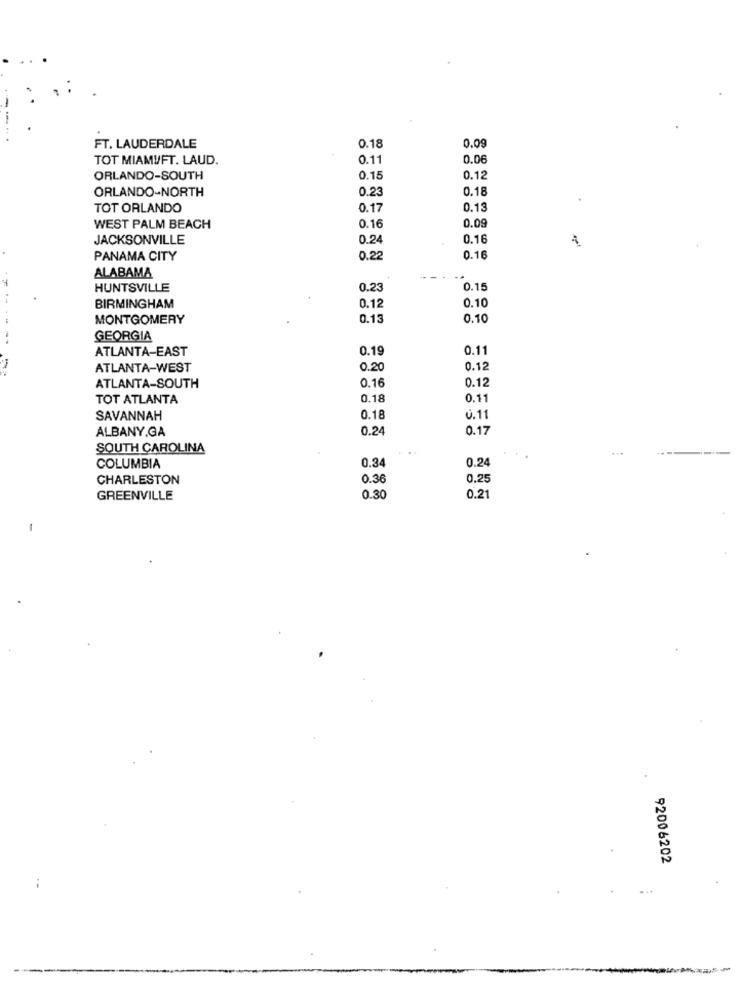
FT. LAUDERDALE
0.18
0.09
TOT MIAMI/FT. LAUD.
0.11
0.06
ORLANDO-SOUTH
0.15
0.12
ORLANDO-NORTH
0.23
0.18
TOT ORLANDO
0.17
0.13
WEST PALM BEACH
0.16
0.09
JACKSONVILLE
0.24
0.16
PANAMA CITY
0.22
0.16
ALABAMA
HUNTSVILLE
0.23
0.15
--
0.12
BIRMINGHAM
0.10
MONTGOMERY
0.13
0.10
GEORGIA
ATLANTA-EAST
0.19
0.11
ATLANTA-WEST
0.20
0.12
0.16
0.12
ATLANTA-SOUTH
TOT ATLANTA
0.18
0.11
SAVANNAH
0.18
0. 11
ALBANY.GA
0.24
0.17
SOUTH CAROLINA
0.34
0.24
COLUMBIA
CHARLESTON
0.36
0.25
GREENVILLE
0.30
0.21
-
92006202